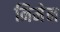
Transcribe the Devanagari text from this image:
निमेन